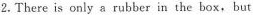
2.There is only a rubber in the box, but